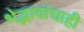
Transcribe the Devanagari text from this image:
भेद्भावांचाही